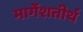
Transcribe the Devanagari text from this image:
मार्गेशतीर्थ